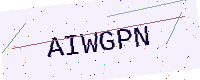
Text: AIWGPN